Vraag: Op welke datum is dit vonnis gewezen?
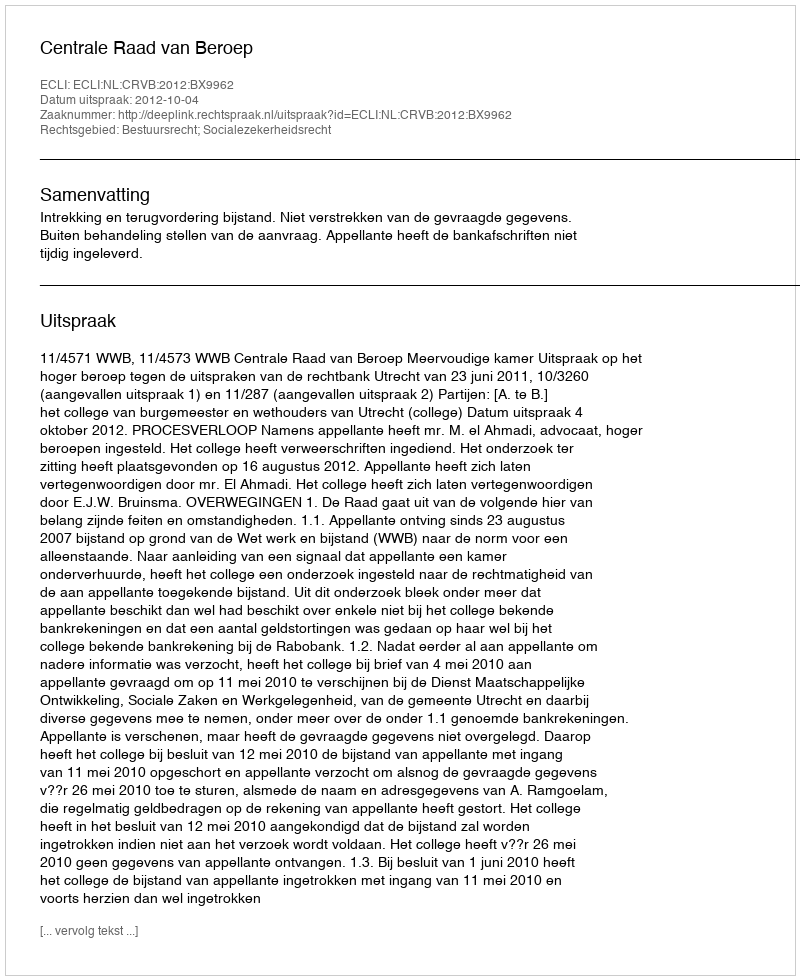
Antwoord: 2012-10-04